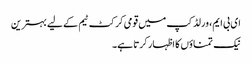
ای بی ایم، ورلڈ کپ میں قومی کرکٹ ٹیم کے لیے بہترین
نیک تمناؤں کا اظہار کرتا ہے۔